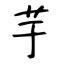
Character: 芋